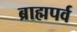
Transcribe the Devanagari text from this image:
ब्राह्मपर्व